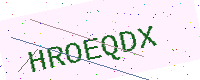
Text: HROEQDX